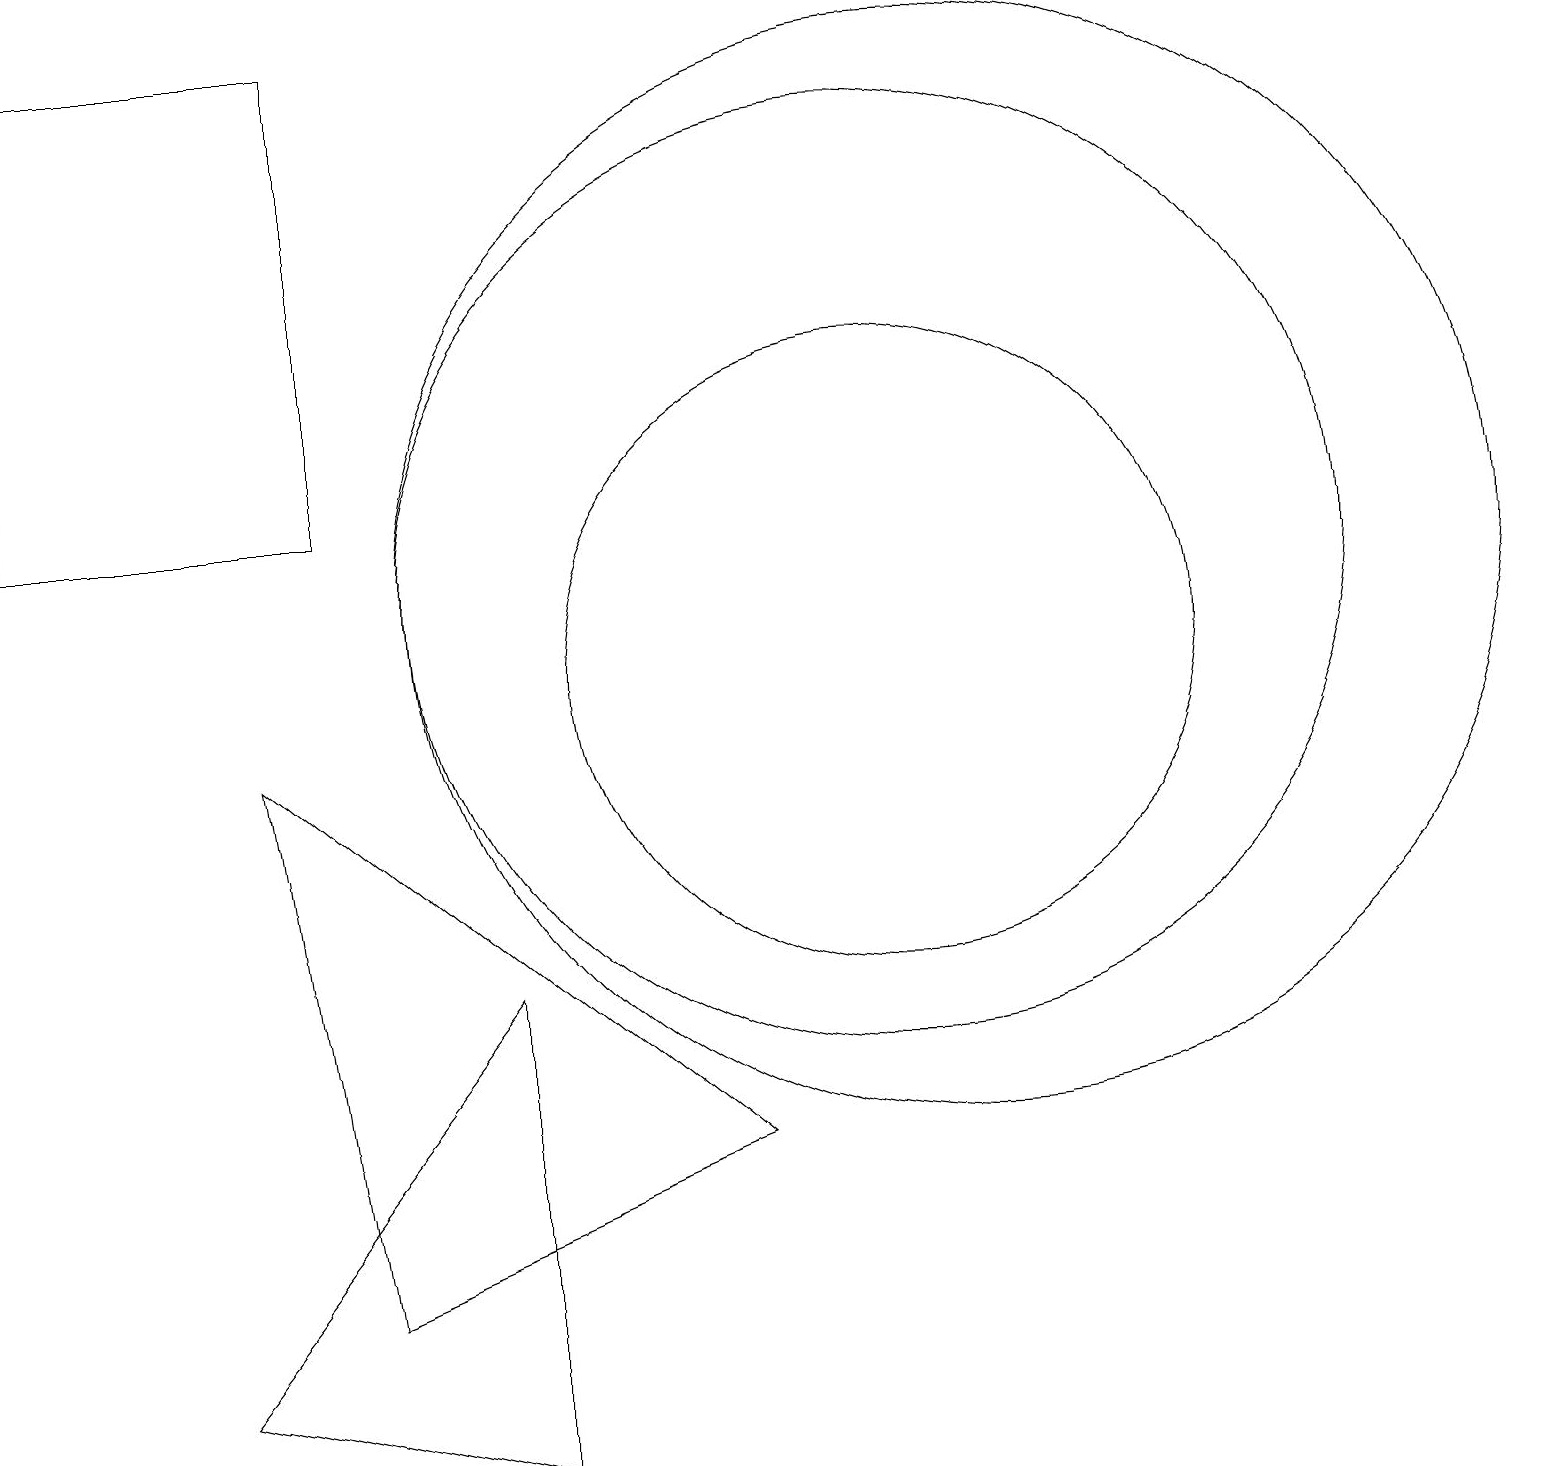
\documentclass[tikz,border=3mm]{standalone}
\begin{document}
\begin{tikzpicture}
\draw (11,11) circle (6);
\draw (2,1) -- (6,6) -- (6,0) -- cycle;
\draw (9,4) -- (4,2) -- (3,9) -- cycle;
\draw (11,10) circle (4);
\draw (12,11) circle (7);
\draw (4,18) rectangle (0,12);
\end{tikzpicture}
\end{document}